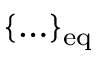
\{ \ldots \} _ { \mathrm { e q } }